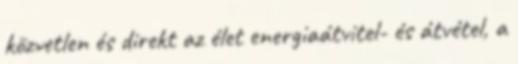
közvetlen és direkt az élet energiaátvitel- és átvétel, a